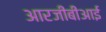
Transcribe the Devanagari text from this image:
आरजीबीआई